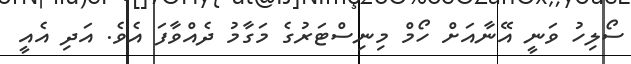
ސޯލިހު ވަނީ އޭނާއަށް ހޯމް މިނިސްޓަރުގެ މަގާމު ދެއްވާފަ އެވެ. އަދި އެއީ